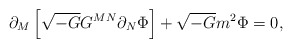
\begin{align*}\partial_M\left[\sqrt{-G}G^{MN}\partial_N\Phi\right]+\sqrt{-G}m^2\Phi=0,\end{align*}